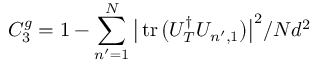
C _ { 3 } ^ { g } = 1 - \sum _ { n ^ { \prime } = 1 } ^ { N } \big | \operatorname { t r } \big ( U _ { T } ^ { \dagger } U _ { n ^ { \prime } , 1 } \big ) \big | ^ { 2 } / N d ^ { 2 }